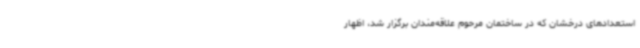
استعدادهای درخشان که در ساختمان مرحوم علاقه‌مندان برگزار شد، اظهار